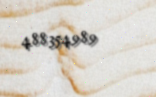
488354989